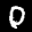
Label: 0